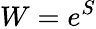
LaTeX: W=e^{S}